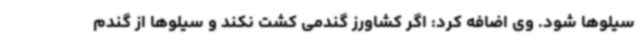
سیلوها شود. وی اضافه کرد: اگر کشاورز گندمی کشت نکند و سیلوها از گندم